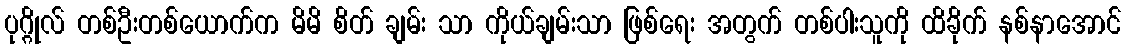
ပုဂ္ဂိုလ် တစ်ဦးတစ်ယောက်က မိမိ စိတ် ချမ်း သာ ကိုယ်ချမ်းသာ ဖြစ်ရေး အတွက် တစ်ပါးသူကို ထိခိုက် နစ်နာအောင်